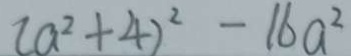
( a ^ { 2 } + 4 ) ^ { 2 } - 1 6 a ^ { 2 }